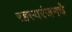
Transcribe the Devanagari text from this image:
रहस्यरंजनचे